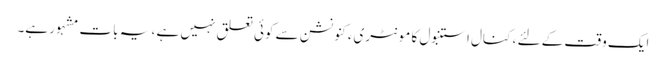
ایک وقت کے لئے ، کنال استنبول کا مونٹریء کنونشن سے کوئی تعلق نہیں ہے ، یہ بات مشہور ہے۔